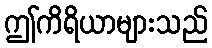
ဤကိရိယာများသည်